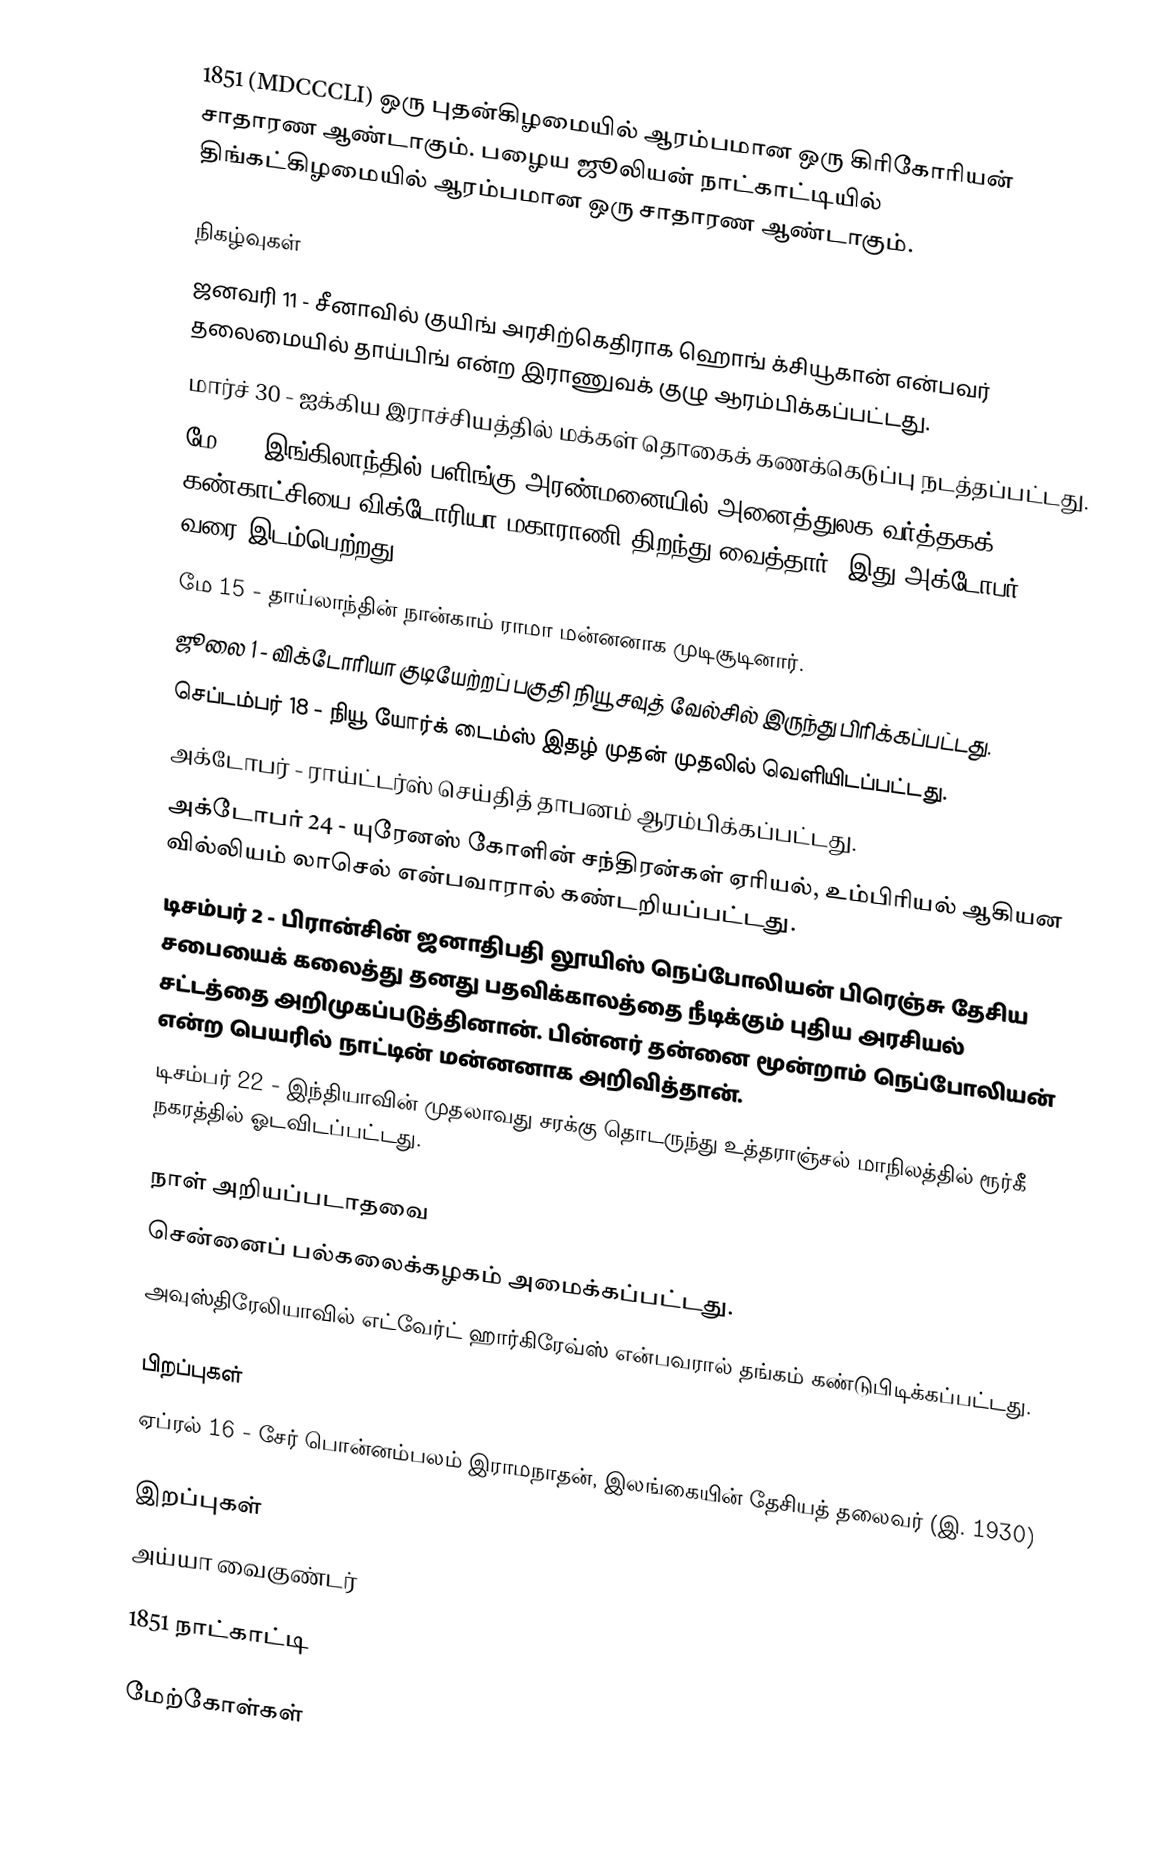
1851 (MDCCCLI) ஒரு புதன்கிழமையில் ஆரம்பமான ஒரு கிரிகோரியன் சாதாரண ஆண்டாகும். பழைய ஜூலியன் நாட்காட்டியில் திங்கட்கிழமையில் ஆரம்பமான ஒரு சாதாரண ஆண்டாகும்.

நிகழ்வுகள்
 ஜனவரி 11 - சீனாவில் குயிங் அரசிற்கெதிராக ஹொங் க்சியூகான் என்பவர் தலைமையில் தாய்பிங் என்ற இராணுவக் குழு ஆரம்பிக்கப்பட்டது.
  மார்ச் 30 - ஐக்கிய இராச்சியத்தில் மக்கள் தொகைக் கணக்கெடுப்பு நடத்தப்பட்டது.
 மே 1 - இங்கிலாந்தில் பளிங்கு அரண்மனையில் அனைத்துலக வர்த்தகக் கண்காட்சியை விக்டோரியா மகாராணி திறந்து வைத்தார். இது அக்டோபர் 18 வரை இடம்பெற்றது.
 மே 15 - தாய்லாந்தின் நான்காம் ராமா மன்னனாக முடிசூடினார்.
 ஜூலை 1 - விக்டோரியா குடியேற்றப் பகுதி நியூ சவுத் வேல்சில் இருந்து பிரிக்கப்பட்டது.
 செப்டம்பர் 18 - நியூ யோர்க் டைம்ஸ் இதழ் முதன் முதலில் வெளியிடப்பட்டது.
 அக்டோபர் - ராய்ட்டர்ஸ் செய்தித் தாபனம் ஆரம்பிக்கப்பட்டது.
 அக்டோபர் 24 - யுரேனஸ் கோளின் சந்திரன்கள் ஏரியல், உம்பிரியல் ஆகியன வில்லியம் லாசெல் என்பவாரால் கண்டறியப்பட்டது.
 டிசம்பர் 2 - பிரான்சின் ஜனாதிபதி லூயிஸ் நெப்போலியன் பிரெஞ்சு தேசிய சபையைக் கலைத்து தனது பதவிக்காலத்தை நீடிக்கும் புதிய அரசியல் சட்டத்தை அறிமுகப்படுத்தினான். பின்னர் தன்னை மூன்றாம் நெப்போலியன் என்ற பெயரில் நாட்டின் மன்னனாக அறிவித்தான்.
 டிசம்பர் 22 - இந்தியாவின் முதலாவது சரக்கு தொடருந்து உத்தராஞ்சல் மாநிலத்தில் ரூர்கீ நகரத்தில் ஓடவிடப்பட்டது.

நாள் அறியப்படாதவை
 சென்னைப் பல்கலைக்கழகம் அமைக்கப்பட்டது.
 அவுஸ்திரேலியாவில் எட்வேர்ட் ஹார்கிரேவ்ஸ் என்பவரால் தங்கம் கண்டுபிடிக்கப்பட்டது.

பிறப்புகள்
 ஏப்ரல் 16 - சேர் பொன்னம்பலம் இராமநாதன், இலங்கையின் தேசியத் தலைவர் (இ. 1930)

இறப்புகள்
 அய்யா வைகுண்டர்

1851 நாட்காட்டி

மேற்கோள்கள்